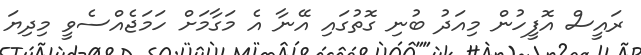
ރައީސް އޮފީހުން މިއަދު ބުނި ގޮތުގައި އޭނާ އެ މަގާމަށް ހަމަޖެއްސެވީ މިދިޔަ